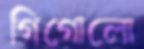
গিগোলো